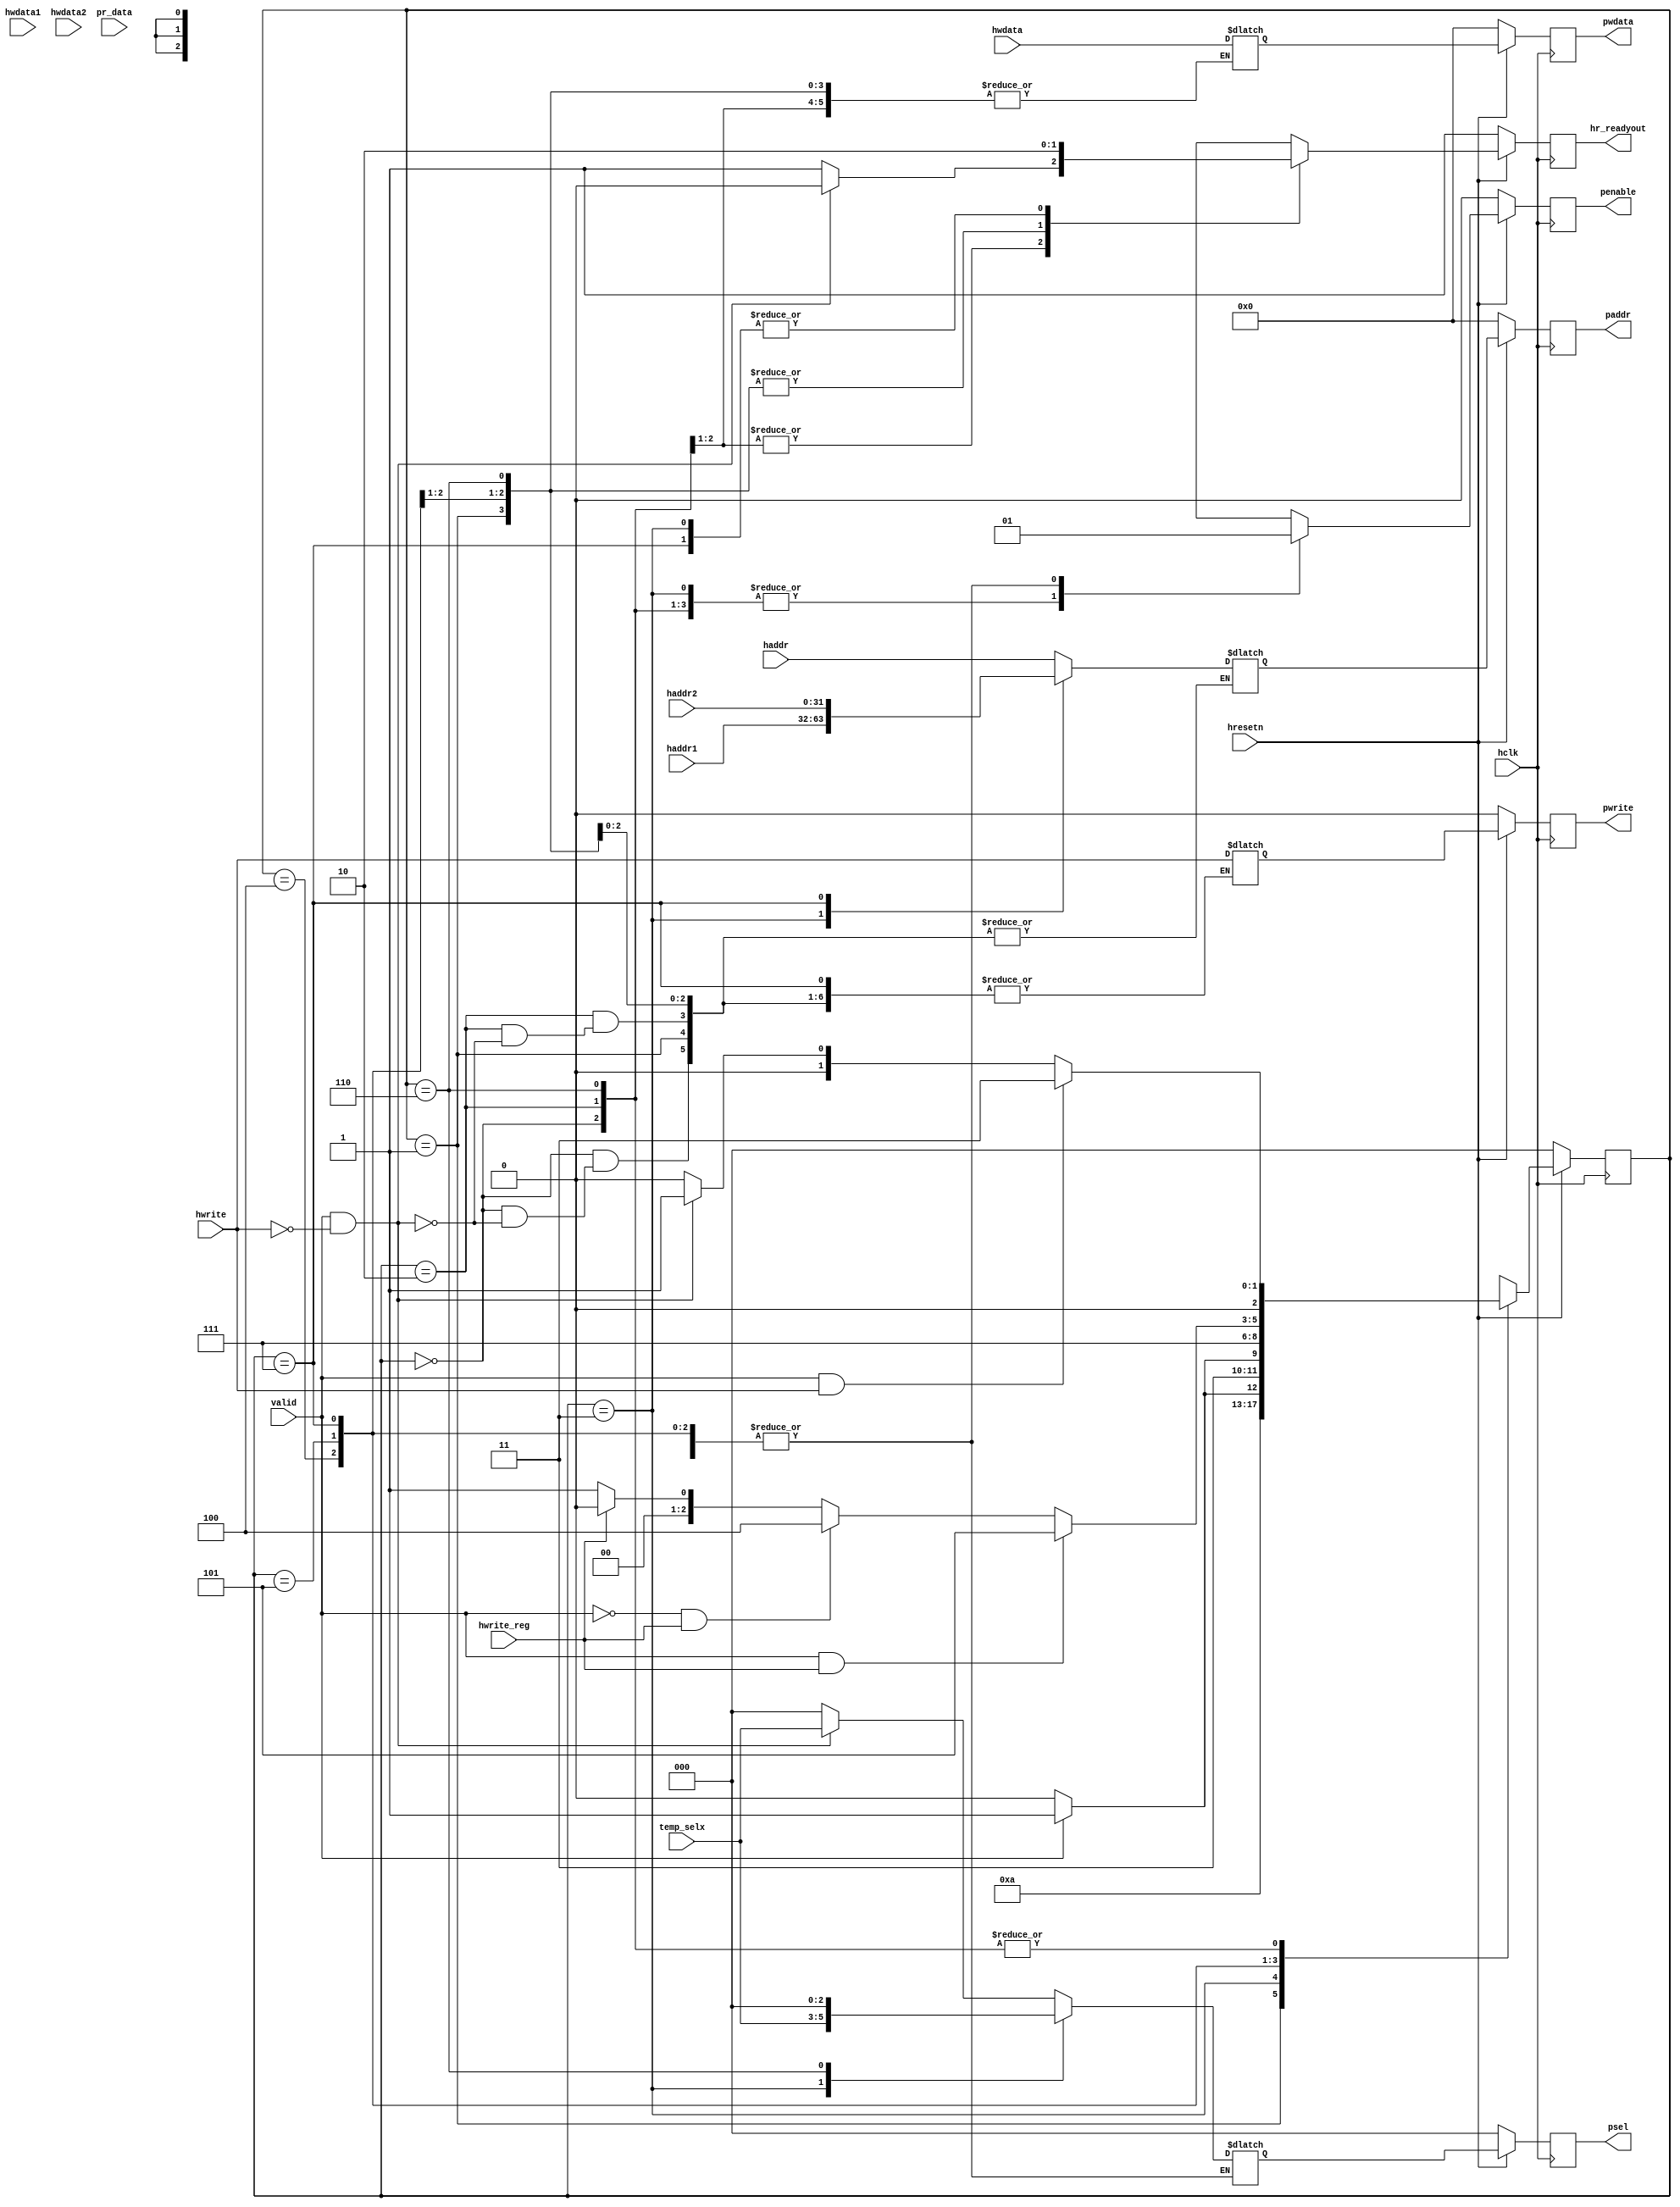
module apb_controller (input hclk,hresetn,hwrite_reg,hwrite,valid,
input [31:0]haddr,hwdata,hwdata1,hwdata2,haddr1,haddr2,pr_data, 
input [2:0] temp_selx, 
output reg penable, pwrite, 
output reg hr_readyout,
output reg [2:0] psel, 
output reg [31:0] paddr,pwdata);

parameter ST_IDLE=3'b000,
 ST_READ=3'b001,
 ST_RENABLE=3'b010,
 ST_WWAIT=3'b011,
 ST_WRITE=3'b100,
 ST_WRITEP=3'b101,
 ST_WENABLE=3'b110,
 ST_WENABLEP=3'b111;
reg [2:0] PS,NS;

always @(posedge hclk)
begin
 if (!hresetn)
 PS<=ST_IDLE;
 else
 PS<=NS;
end

always @(*)
begin
 NS=ST_IDLE;
 case(PS)
 ST_IDLE : 
 if(valid==1&&hwrite==1)
 NS=ST_WWAIT;
 else if(valid==1&&hwrite==0)
 NS=ST_READ;
 else if(valid==0)
 NS=ST_IDLE;
 ST_READ: NS=ST_RENABLE;
 ST_RENABLE: 
 if(valid==1&&hwrite==1)
 NS=ST_WWAIT;
 else if(valid==1&&hwrite==0)
 NS=ST_READ;
 else if(valid==0)
 NS=ST_IDLE;
 ST_WWAIT: 
 if (valid==1)
 NS=ST_WRITEP;
 else if(valid==0)
 NS=ST_WRITE;
 ST_WRITE:
 if (valid==1)
 NS=ST_WENABLEP;
 else if(valid==0)
 NS=ST_WENABLE;
 ST_WRITEP: NS=ST_WENABLEP;
 
 ST_WENABLEP:
 if (valid==1&&hwrite_reg==1)
 NS=ST_WRITEP;
 else if (valid==0&&hwrite_reg==1)
 NS=ST_WRITE;
 else if(hwrite_reg==0)
 NS=ST_READ;
 ST_WENABLE:
 if (valid==1 && hwrite==1)
 NS=ST_WWAIT;
 else if (valid==1 && hwrite==0)
 NS=ST_READ;
 else
 NS=ST_IDLE;
 endcase
end
reg penable_temp,pwrite_temp,hr_readyout_temp;
reg [2:0] psel_temp;
reg [31:0] paddr_temp,pwdata_temp;
always @(*)
begin
case(PS)

ST_IDLE: begin
 if(valid==1&&hwrite==0)
 begin
 paddr_temp=haddr;
 pwrite_temp=hwrite;
 psel_temp=temp_selx;
 penable_temp=0;
 hr_readyout_temp=0;
 end
 else if(valid==1&&hwrite==1)
 begin
 psel_temp=0;
 penable_temp=0;
 hr_readyout_temp=1;
 end 
 
 else
 begin
 psel_temp=0;
 penable_temp=0;
 hr_readyout_temp=1;
 end
 end

ST_READ: begin
 penable_temp=1;
 hr_readyout_temp=1;
 end

ST_RENABLE: begin
 if(valid==1&&hwrite==0)
 begin
 paddr_temp=haddr;
 pwrite_temp=hwrite;
 psel_temp=temp_selx;
 penable_temp=0;
 hr_readyout_temp=0;
 end
 else if(valid==1&&hwrite==1)
 begin
 psel_temp=0;
 penable_temp=0;
 hr_readyout_temp=1;
 end 
 
 else
 begin
 psel_temp=0;
 penable_temp=0;
 hr_readyout_temp=1;
 end
 end

ST_WWAIT: begin
 paddr_temp=haddr1;
 pwdata_temp=hwdata;
 pwrite_temp=hwrite;
 psel_temp=temp_selx;
 penable_temp=0;
 hr_readyout_temp=0;
 end

ST_WRITE:begin
 penable_temp=1;
 hr_readyout_temp=1; 
 end

ST_WRITEP:
 begin
 penable_temp=1;
 hr_readyout_temp=1; 
 end

ST_WENABLE:
 begin
 hr_readyout_temp=1; 
 penable_temp=0;
 psel_temp=0;
 end

ST_WENABLEP:
 begin
 paddr_temp=haddr2;
 hr_readyout_temp=0; 
 pwdata_temp=hwdata; 
 penable_temp=1; 
 end
 endcase
end

always @(posedge hclk)
begin
 if(!hresetn)
 begin
 paddr<=0;
 pwdata<=0;
 pwrite<=0;
 psel<=0;
 penable<=0;
 hr_readyout<=1;
 end
 else
 begin
 paddr<=paddr_temp;
 pwdata<=pwdata_temp;
 pwrite<=pwrite_temp;
 psel<=psel_temp;
 penable<=penable_temp;
 hr_readyout<=hr_readyout_temp;
 end
end
endmodule